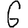
Digit: 6